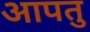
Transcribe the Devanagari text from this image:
आपतु